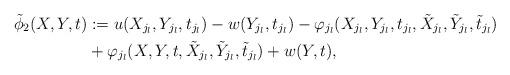
LaTeX: \begin{align*}\tilde\phi_2(X,Y,t)&:=u(X_{j_l},Y_{j_l},t_{j_l})-w(Y_{j_l},t_{j_l})-\varphi_{j_l}( X_{j_l}, Y_{j_l},t_{j_l},\tilde X_{j_l},\tilde Y_{j_l},\tilde t_{j_l})\\&+\varphi_{j_l}(X,Y,t,\tilde X_{j_l},\tilde Y_{j_l},\tilde t_{j_l})+w(Y,t),\end{align*}